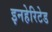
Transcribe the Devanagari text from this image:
इनहेरिटेड